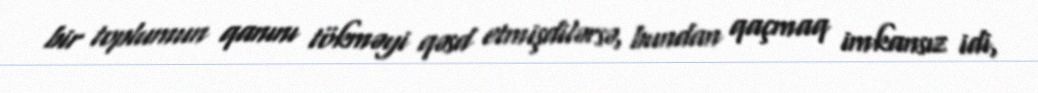
bir toplumun qanını tökməyi qəsd etmişdilərsə, bundan qaçmaq imkansız idi,